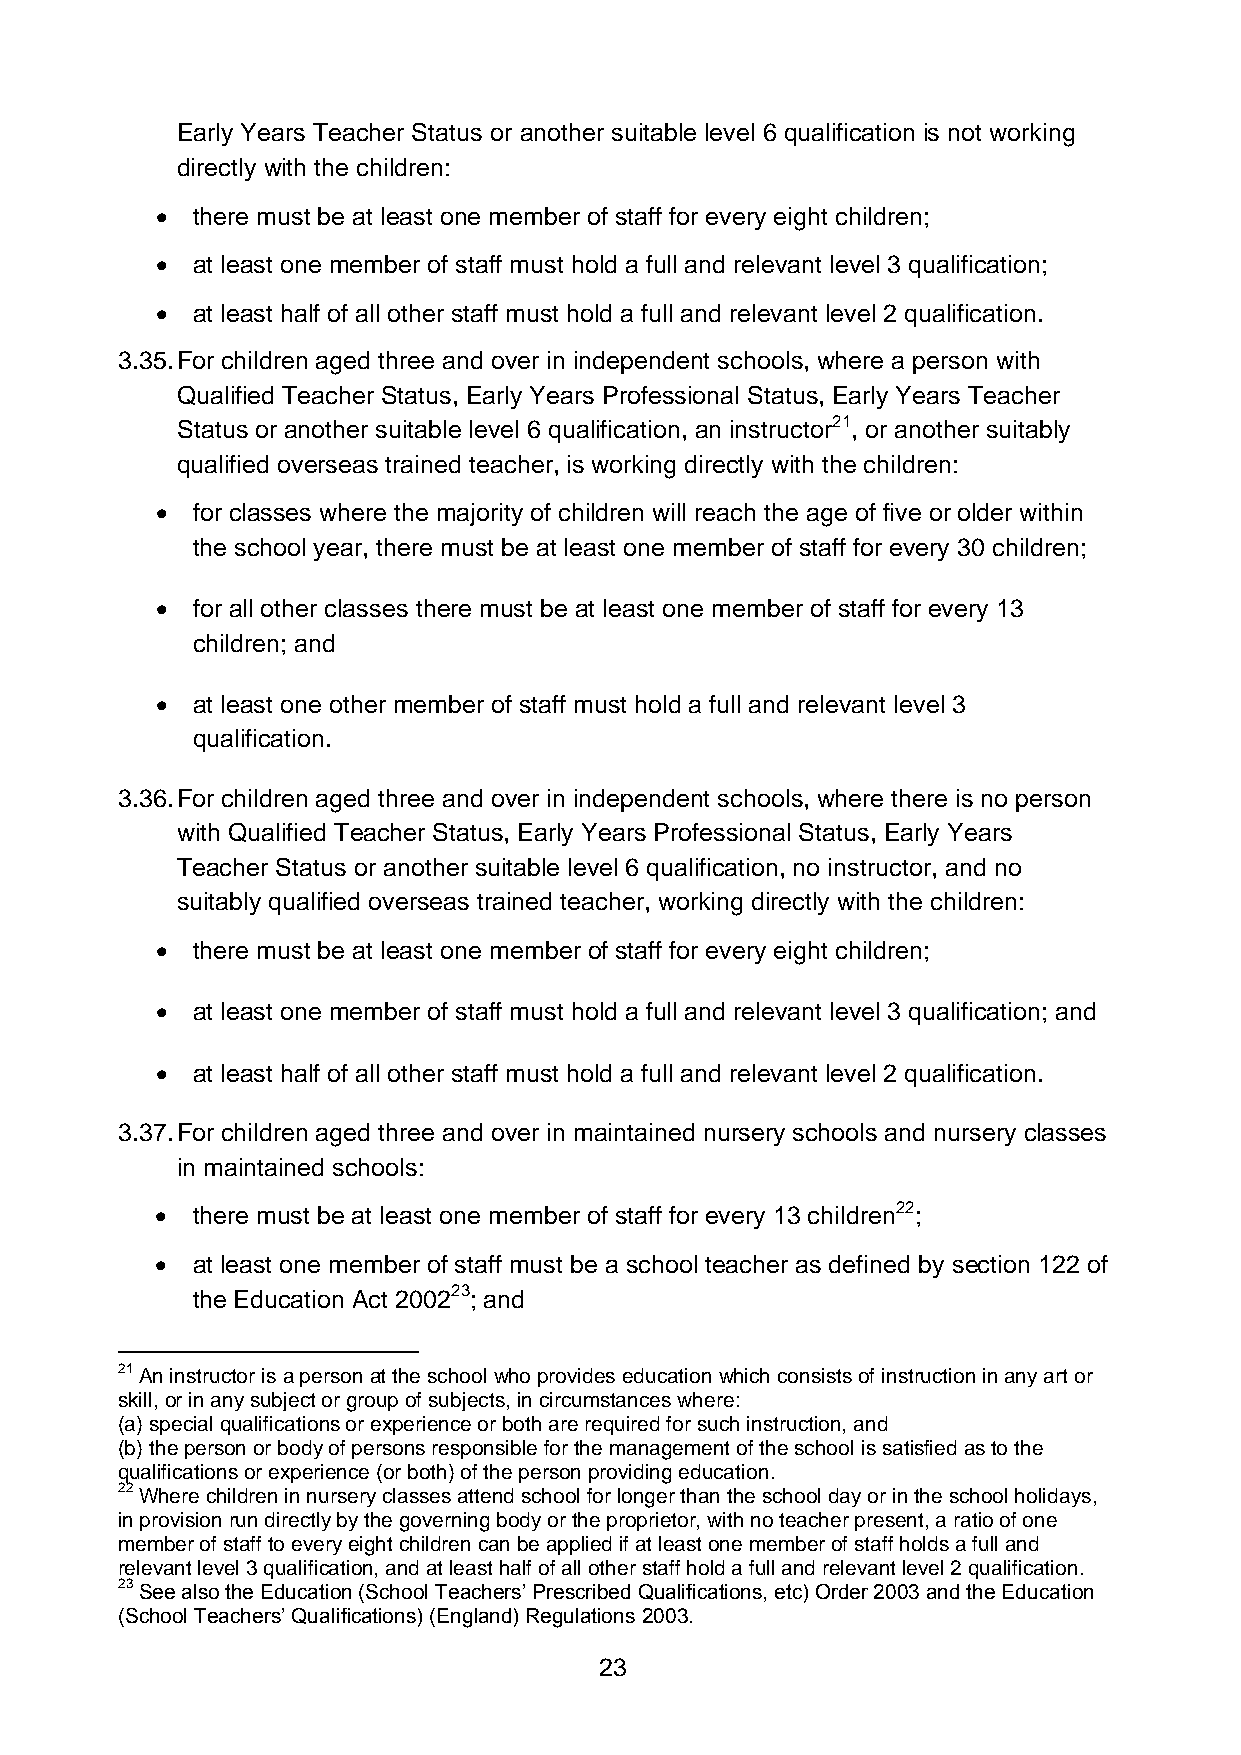
Early Years Teacher Status or another suitable level 6 qualification is not working
 directly with the children:
   there must be at least one member of staff for every eight children;
   at least one member of staff must hold a full and relevant level 3 qualification;
   at least half of all other staff must hold a full and relevant level 2 qualification.
 3.35. For children aged three and over in independent schools, where a person with
 Qualified Teacher Status, Early Years Professional Status, Early Years Teacher
 Status or another suitable level 6 qualification, an instructor21, or another suitably
 qualified overseas trained teacher, is working directly with the children:
   for classes where the majority of children will reach the age of five or older within
 the school year, there must be at least one member of staff for every 30 children;
   for all other classes there must be at least one member of staff for every 13
 children; and
   at least one other member of staff must hold a full and relevant level 3
 qualification.
 3.36. For children aged three and over in independent schools, where there is no person
 with Qualified Teacher Status, Early Years Professional Status, Early Years
 Teacher Status or another suitable level 6 qualification, no instructor, and no
 suitably qualified overseas trained teacher, working directly with the children:
   there must be at least one member of staff for every eight children;
   at least one member of staff must hold a full and relevant level 3 qualification; and
   at least half of all other staff must hold a full and relevant level 2 qualification.
 3.37. For children aged three and over in maintained nursery schools and nursery classes
 in maintained schools:
   there must be at least one member of staff for every 13 children22;
   at least one member of staff must be a school teacher as defined by section 122 of
 the Education Act 200223; and
 21 An instructor is a person at the school who provides education which consists of instruction in any art or
 skill, or in any subject or group of subjects, in circumstances where:
 (a) special qualifications or experience or both are required for such instruction, and
 (b) the person or body of persons responsible for the management of the school is satisfied as to the
 qualifications or experience (or both) of the person providing education.
 22 Where children in nursery classes attend school for longer than the school day or in the school holidays,
 in provision run directly by the governing body or the proprietor, with no teacher present, a ratio of one
 member of staff to every eight children can be applied if at least one member of staff holds a full and
 relevant level 3 qualification, and at least half of all other staff hold a full and relevant level 2 qualification.
 23 See also the Education (School Teachers’ Prescribed Qualifications, etc) Order 2003 and the Education
 (School Teachers’ Qualifications) (England) Regulations 2003.
 23